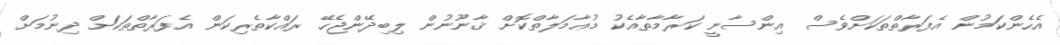
އެހެންކަމުން އެފަރާތްތަކަށްވެސް އިންސާނީ ކަރާމާތާއެކު މުޢާމަލާތްކޮށް ޤާނޫނުން ލިބިދޭންޖެހޭ ރައްކާތެރިކަން އެފަރާތްތަކަށް ދިނުމަށް